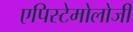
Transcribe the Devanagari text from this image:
एपिस्टेमोलोजी